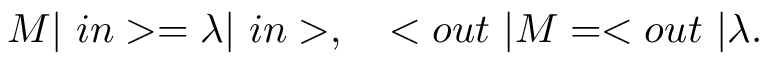
M | \ i n > = \lambda | \ i n > , \quad < o u t \ | M = < o u t \ | \lambda .